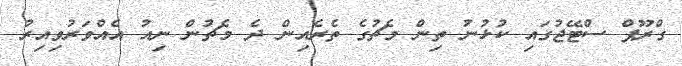
ގްރޫޕް ސްޓޭޖުގައި ކުޅުނު ތިން މެޗުގެ ތެރެއިން ދެ މެޗުން ނިއު އެއްވަރުވިއިރު